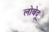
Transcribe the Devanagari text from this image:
लोबेदू